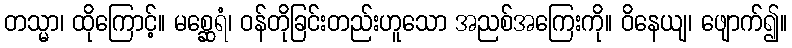
တသ္မာ၊ ထိုကြောင့်။ မစ္ဆေရံ၊ ဝန်တိုခြင်းတည်းဟူသော အညစ်အကြေးကို။ ဝိနေယျ၊ ဖျောက်၍။